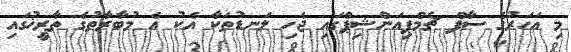
މި އަހަރުގެ ސާފް ޗެމްޕިއަންޝިޕްގައި ޖެހި ލަނޑުތަކާ އެކު އެ މުބާރާތުގެ ތާރީޚުގައި